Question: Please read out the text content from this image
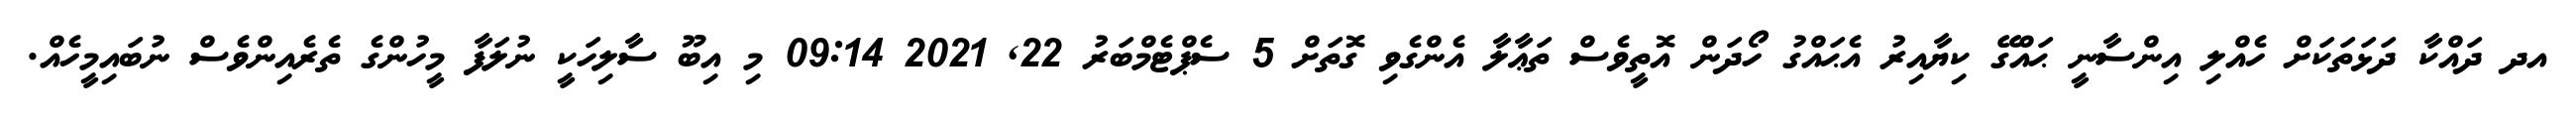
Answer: އދ ދައްކާ ދަޅަތަކަށް ހެއްލި އިންސާނީ ޙައްގޭ ކިޔާއިރު އެޙައްގު ހޯދަން އޮތީވެސް ތަޢާލާ އެންގެވި ގޮތަށް 5 ސެޕްޓެމްބަރު 22, 2021 09:14 މި އިބޫ ސާލިހަކީ ނުލަފާ މީހުންގެ ތެރެއިންވެސް ނުބައިމީހެއް.